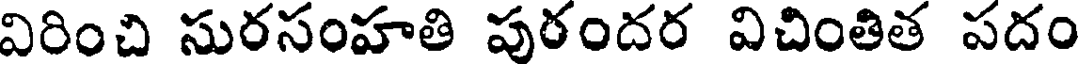
విరించి సురసంహతి పురందర విచింతిత పదం